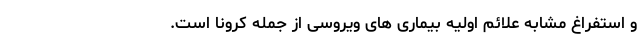
و استفراغ مشابه علائم اولیه بیماری های ویروسی از جمله کرونا است.